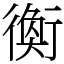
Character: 𧗽